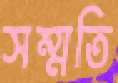
সম্মতি